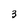
Character: 3